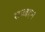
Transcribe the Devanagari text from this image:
सज्जहन